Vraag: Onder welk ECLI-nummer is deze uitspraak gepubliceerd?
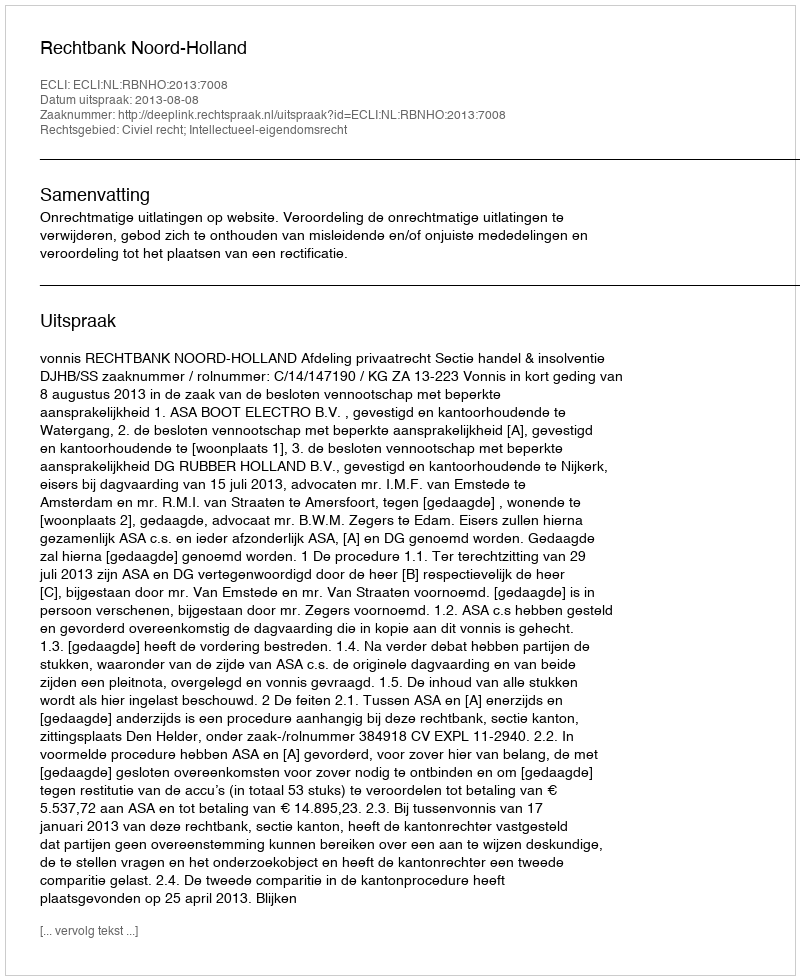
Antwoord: ECLI:NL:RBNHO:2013:7008